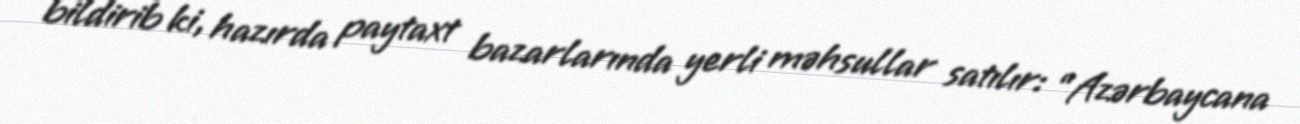
bildirib ki, hazırda paytaxt bazarlarında yerli məhsullar satılır: “Azərbaycana